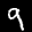
Label: 9